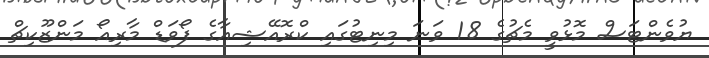
ޔުވެންޓަސް މޮޅުވީ މެޗުގެ 18 ވަނަ މިނިޓުގައި ކްރޮއޭޝިއާގެ ފޯވަޑް މާރިއޯ މަަންޒޫކިޗް